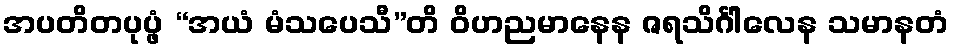
အပတိတပုပ္ဖံ “အယံ မံသပေသီ”တိ ဝိဟညမာနေန ဇရသိင်္ဂါလေန သမာနတံ